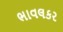
ભાવલકર